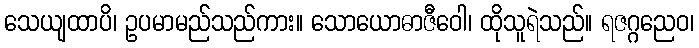
သေယျထာပိ၊ ဥပမာမည်သည်ကား။ သောယောဓာဇီဝေါ၊ ထိုသူရဲသည်။ ရဇဂ္ဂညေဝ၊